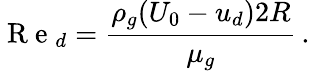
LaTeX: \mathrm{~R~e~}_{d}=\frac{\rho_{g}(U_{0}-u_{d})2R}{\mu_{g}}\, .